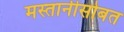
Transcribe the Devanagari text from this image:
मस्तानीसोबत